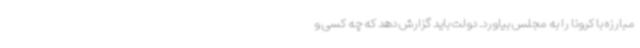
مبارزه با کرونا را به مجلس بیاورد. دولت باید گزارش دهد که چه کسی و